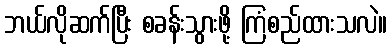
ဘယ်လိုဆက်ပြီး စခန်းသွားဖို့ ကြံစည်ထားသလဲ။